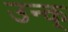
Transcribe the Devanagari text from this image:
उन्क्